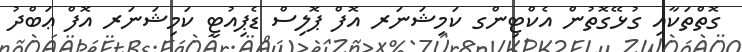
ގޮތްތަކާއި ގުޅޭގޮތުން އެކްޓިންގ ކަމިޝަނަރ އޮފް ޕޮލިސް ޑެޕިއުޓީ ކަމިޝަނަރ އޮފް ޢަބްދު